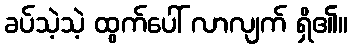
ခပ်သဲ့သဲ့ ထွက်ပေါ် လာလျက် ရှိ၏။